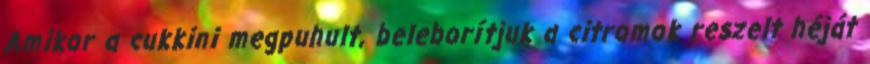
Amikor a cukkini megpuhult, beleborítjuk a citromok reszelt héját